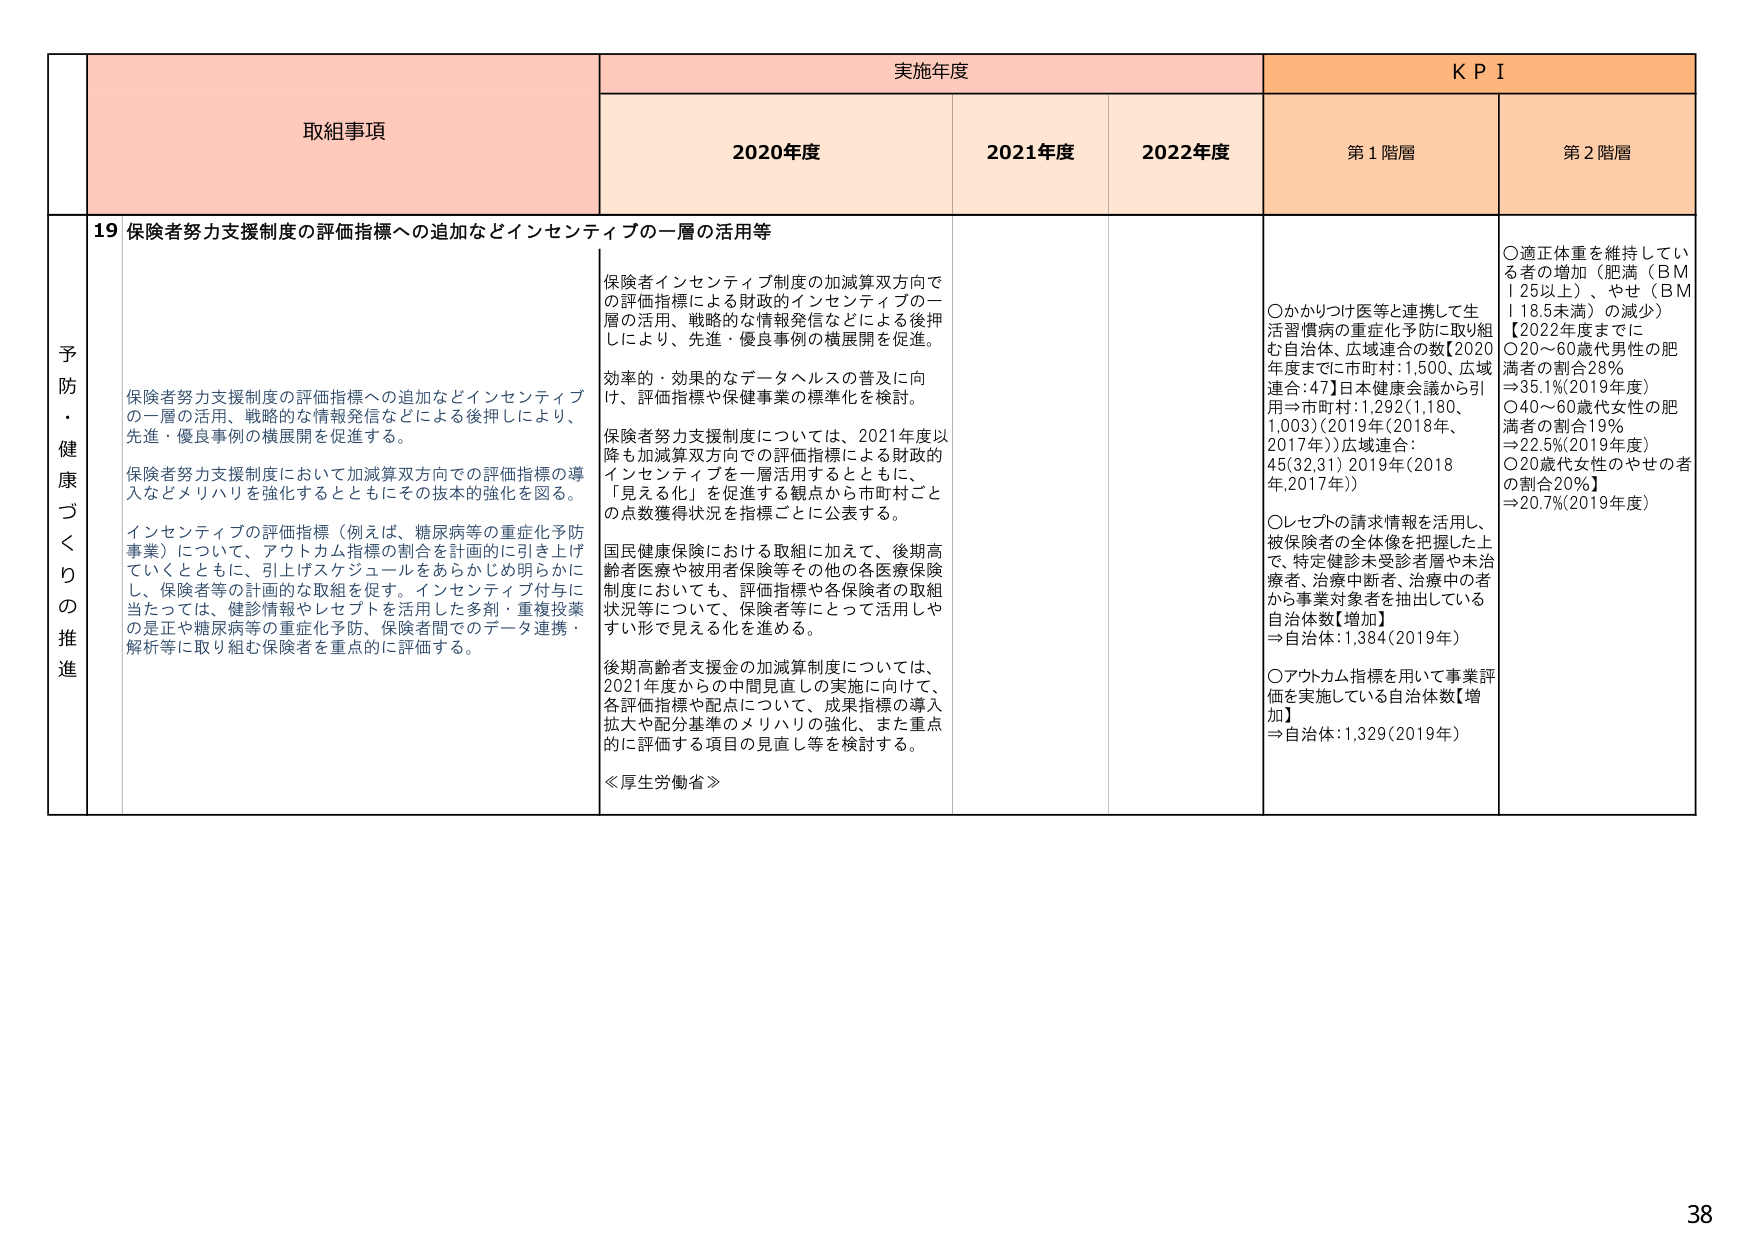
予防・健康づくりの推進

取組事項

実施年度

KPI

2020年度

2021年度

2022年度

第1階層

第2階層

19 保険者努力支援制度の評価指標への追加などインセンティブの一層の活用等

保険者努力支援制度の評価指標への追加などインセンティブの一層の活用、戦略的な情報発信などによる後押しにより、先進・優良事例の横展開を促進する。

保険者努力支援制度において加減算双方向での評価指標の導入などメリハリを強化するとともにその抜本的強化を図る。

インセンティブの評価指標（例えば、糖尿病等の重症化予防事業）について、アウトカム指標の割合を計画的に引き上げていくとともに、引上げスケジュールをあらかじめ明らかにし、保険者等の計画的な取組を促す。インセンティブ付与に当たっては、健診情報やレセプトを活用した多剤・重複投薬の是正や糖尿病等の重症化予防、保険者間でのデータ連携・解析等に取り組む保険者を重点的に評価する。

保険者インセンティブ制度の加減算双方向での評価指標による財政的インセンティブの一層の活用、戦略的な情報発信などによる後押しにより、先進・優良事例の横展開を促進。

効率的・効果的なデータヘルスの普及に向け、評価指標や保健事業の標準化を検討。

保険者努力支援制度については、2021年度以降も加減算双方向での評価指標による財政的インセンティブを一層活用するとともに、「見える化」を促進する観点から市町村ごとの点数獲得状況を指標ごとに公表する。

国民健康保険における取組に加えて、後期高齢者医療や被用者保険等その他の各医療保険制度においても、評価指標や各保険者の取組状況等について、保険者等にとって活用しやすい形で見える化を進める。

後期高齢者支援金の加減算制度については、2021年度からの中間見直しの実施に向けて、各評価指標や配点について、成果指標の導入拡大や配分基準のメリハリの強化、また重点的に評価する項目の見直し等を検討する。

≪厚生労働省≫

○かかりつけ医等と連携して生活習慣病の重症化予防に取り組む自治体、広域連合の数【2020年度までに市町村:1,500、広域連合:47】日本健康会議から引用⇒市町村:1,292(1,180、1,003)(2019年(2018年、2017年))広域連合:45(32,31) 2019年(2018年,2017年))

○レセプトの請求情報を活用し、被保険者の全体像を把握した上で、特定健診未受診者層や未治療者、治療中断者、治療中の者から事業対象者を抽出している自治体数【増加】⇒自治体:1,384(2019年)

○アウトカム指標を用いて事業評価を実施している自治体数【増加】⇒自治体:1,329(2019年)

○適正体重を維持している者の増加（肥満（BMI 25以上）、やせ（BMI 18.5未満）の減少）【2022年度までに○20～60歳代男性の肥満者の割合28%⇒35.1%(2019年度)○40～60歳代女性の肥満者の割合19%⇒22.5%(2019年度)○20歳代女性のやせの者の割合20%】⇒20.7%(2019年度)

38